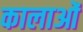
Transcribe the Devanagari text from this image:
कालाओं